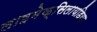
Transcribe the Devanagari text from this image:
लाइमेक्सिलायडिया